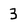
Character: 3